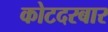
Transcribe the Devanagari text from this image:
कोटदरबार